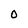
Character: 0